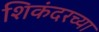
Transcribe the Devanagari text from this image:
शिकंदरच्या